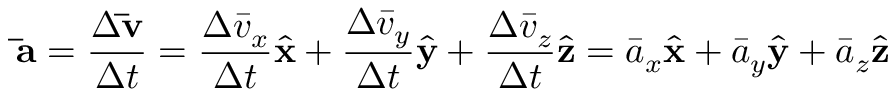
\mathbf { \bar { a } } = { \frac { \Delta \mathbf { \bar { v } } } { \Delta t } } = { \frac { \Delta { \bar { v } } _ { x } } { \Delta t } } { \hat { \mathbf { x } } } + { \frac { \Delta { \bar { v } } _ { y } } { \Delta t } } { \hat { \mathbf { y } } } + { \frac { \Delta { \bar { v } } _ { z } } { \Delta t } } { \hat { \mathbf { z } } } = { \bar { a } } _ { x } { \hat { \mathbf { x } } } + { \bar { a } } _ { y } { \hat { \mathbf { y } } } + { \bar { a } } _ { z } { \hat { \mathbf { z } } }